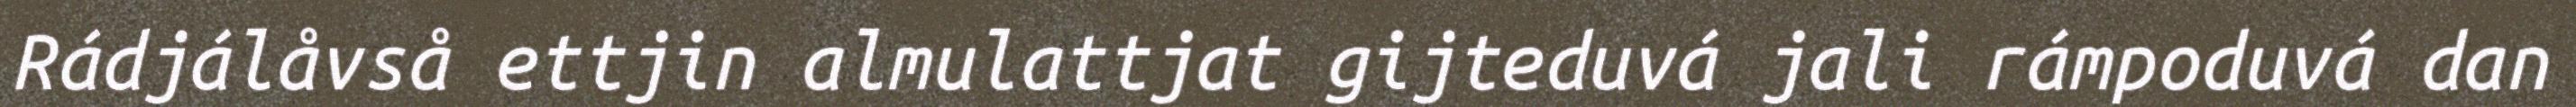
Rádjálåvså ettjin almulattjat gijteduvá jali rámpoduvá dan